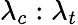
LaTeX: \lambda_{c}:\lambda_{t}